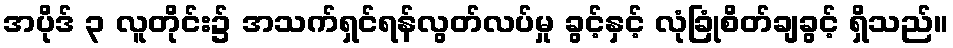
အပိုဒ် ၃ လူတိုင်း၌ အသက်ရှင်ရန်လွတ်လပ်မှု ခွင့်နှင့် လုံခြုံစိတ်ချခွင့် ရှိသည်။